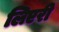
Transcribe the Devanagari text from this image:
लिएरी